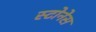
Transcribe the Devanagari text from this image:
स्टोनेस